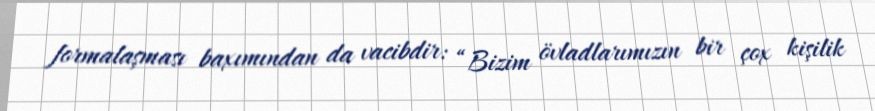
formalaşması baxımından da vacibdir: “Bizim övladlarımızın bir çox kişilik